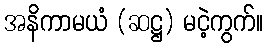
အနိကာမယံ (ဆဋ္ဌ) မငဲ့ကွက်။